Civil Veterinary Dept. Bombay admin report 1923-31 - 1923-1931
Year: 1923
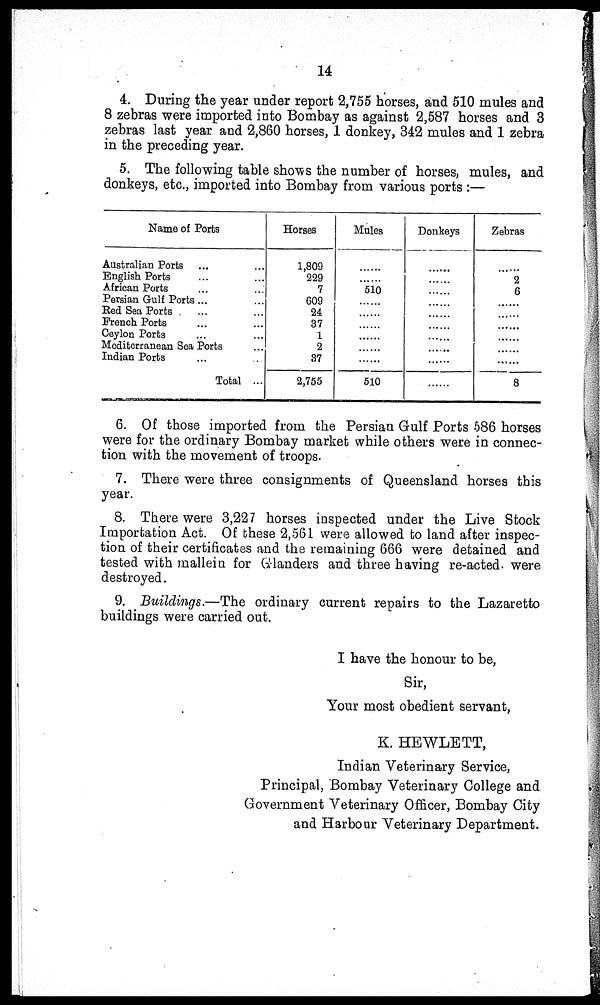
14
4. During the year under report 2,755 horses, and 510 mules and
8 zebras were imported into Bombay as against 2,587 horses and 3
zebras last year and 2,860 horses, 1 donkey, 342 mules and 1 zebra
in the preceding year.
5. The following table shows the number of horses, mules, and
donkeys, etc., imported into Bombay from various ports :—
Name of Ports
Australian Ports ... ...
English Ports ... ...
African Ports ... ...
Persian Gulf Ports... ...
Red Sea Ports ... ...
French Ports ... ...
Ceylon Ports ... ...
Mediterranean Sea Ports ...
Indian Ports ... ...
Total ...
Horses
1,809
229
7
609
24
37
1
2
37
2,755
Mules
......
......
510
......
......
......
......
......
510
Donkeys
......
......
......
......
......
......
......
......
......
......
Zebras
......
2
6
......
......
......
......
......
......
8
6. Of those imported from the Persian Gulf Ports 586 horses
were for the ordinary Bombay market while others were in connec-
tion with the movement of troops.
7. There were three consignments of Queensland horses this
year.
8. There were 3,227 horses inspected under the Live Stock
Importation Act. Of these 2,561 were allowed to land after inspec-
tion of their certificates and the remaining 666 were detained and
tested with mallein for Glanders and three having re-acted were
destroyed.
9. Buildings.—The ordinary current repairs to the Lazaretto
buildings were carried out.
I have the honour to be,
Sir,
Your most obedient servant,
K. HEWLETT,
Indian Veterinary Service,
Principal, Bombay Veterinary College and
Government Veterinary Officer, Bombay City
and Harbour Veterinary Department.